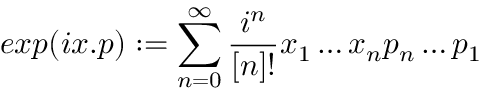
e x p ( i x . p ) : = \sum _ { n = 0 } ^ { \infty } \frac { i ^ { n } } { [ n ] ! } x _ { 1 } \ldots x _ { n } p _ { n } \ldots p _ { 1 }